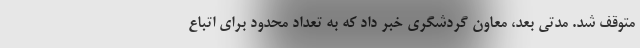
متوقف شد. مدتی بعد، معاون گردشگری خبر داد که به تعداد محدود برای اتباع